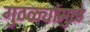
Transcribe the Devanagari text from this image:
गुठळ्यांमुळे